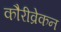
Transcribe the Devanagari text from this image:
कौरीव्रेकन